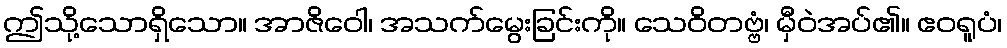
ဤသို့သောရှိသော။ အာဇိဝေါ၊ အသက်မွေးခြင်းကို။ သေဝိတဗ္ဗံ၊ မှီဝဲအပ်၏။ ဧဝရူပံ၊